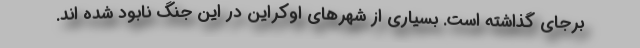
برجای گذاشته است. بسیاری از شهرهای اوکراین در این جنگ نابود شده اند.